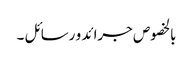
بالخصوص جرائد و رسائل ۔